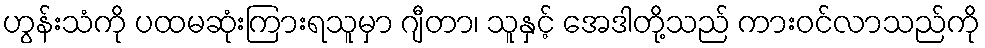
ဟွန်းသံကို ပထမဆုံးကြားရသူမှာ ဂျီတာ၊ သူနှင့် အေဒါတို့သည် ကားဝင်လာသည်ကို